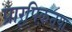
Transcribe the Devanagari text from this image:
प्रारूपिकतया